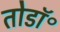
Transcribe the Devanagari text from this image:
तोडॉ॰